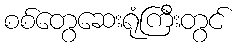
စစ်တွေဆေးရုံကြီးတွင်